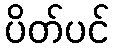
ပိတ်ပင်